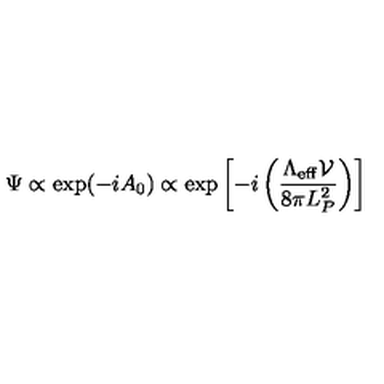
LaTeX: \Psi \propto \exp ( - i A _ { 0 } ) \propto \exp \left[ - i \left( { \frac { \Lambda _ { \mathrm { e f f } } { \mathcal V } } { 8 \pi L _ { P } ^ { 2 } } } \right) \right]